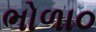
ભોળા૦